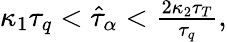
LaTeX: \begin{array}{r}{\kappa_{1}\tau_{q}<\hat{\tau}_{\alpha}<\frac{2\kappa_{2}\tau_{T}}{\tau_{q}},}\end{array}